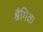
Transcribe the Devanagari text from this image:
श्रैंगिक